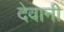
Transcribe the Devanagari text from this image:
देवानी